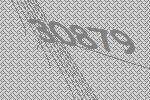
30879